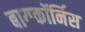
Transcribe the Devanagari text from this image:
बायकॉर्निस